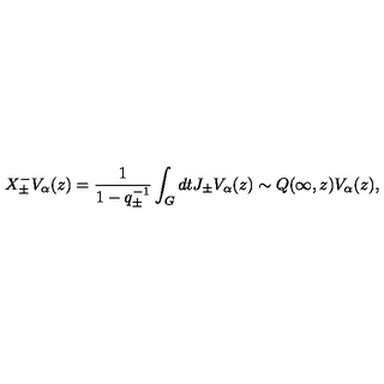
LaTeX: X _ { \pm } ^ { - } V _ { \alpha } ( z ) = \frac { 1 } { 1 - q _ { \pm } ^ { - 1 } } \int _ { G } d t J _ { \pm } V _ { \alpha } ( z ) \sim Q ( \infty , z ) V _ { \alpha } ( z ) ,